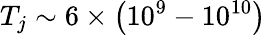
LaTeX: T_{j}\sim 6\times\left(10^{9}-10^{10}\right)